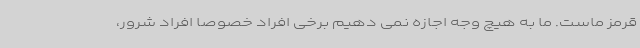
قرمز ماست. ما به هیچ وجه اجازه نمی دهیم برخی افراد خصوصا افراد شرور،